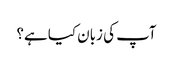
آپ کی زبان کیا ہے؟